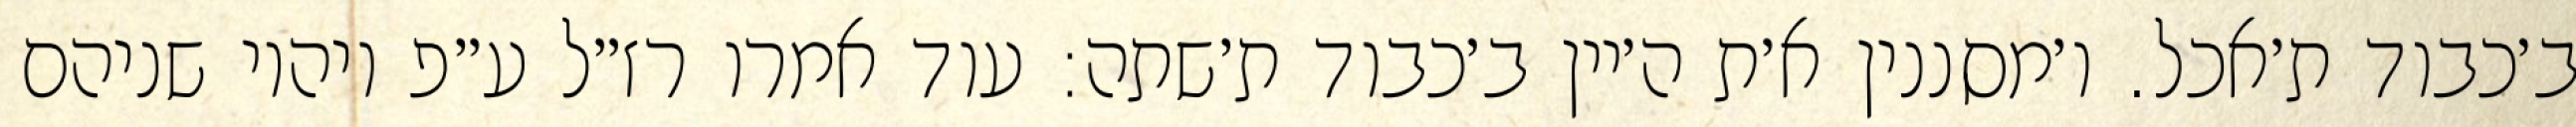
ב׳כבוד ת׳אכל. ו׳מסננין א׳ת ה׳יין ב׳כבוד ת׳שתה: עוד אמרו רז״ל ע״פ ויהיו שניהם